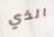
الذي